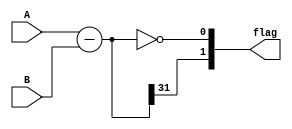
module unsigned_comparator (
    input wire [31:0] A,
    input wire [31:0] B,
    output wire [1:0] flag
);

wire [31:0] difference;
wire [1:0] comparator_flag;

// Adder/Subtractor block
assign difference = A - B;

// Comparator block
assign comparator_flag[0] = (difference == 32'h0); // A = B
assign comparator_flag[1] = (difference[31] == 1); // A < B

// Output flag signal
assign flag = comparator_flag;

endmodule